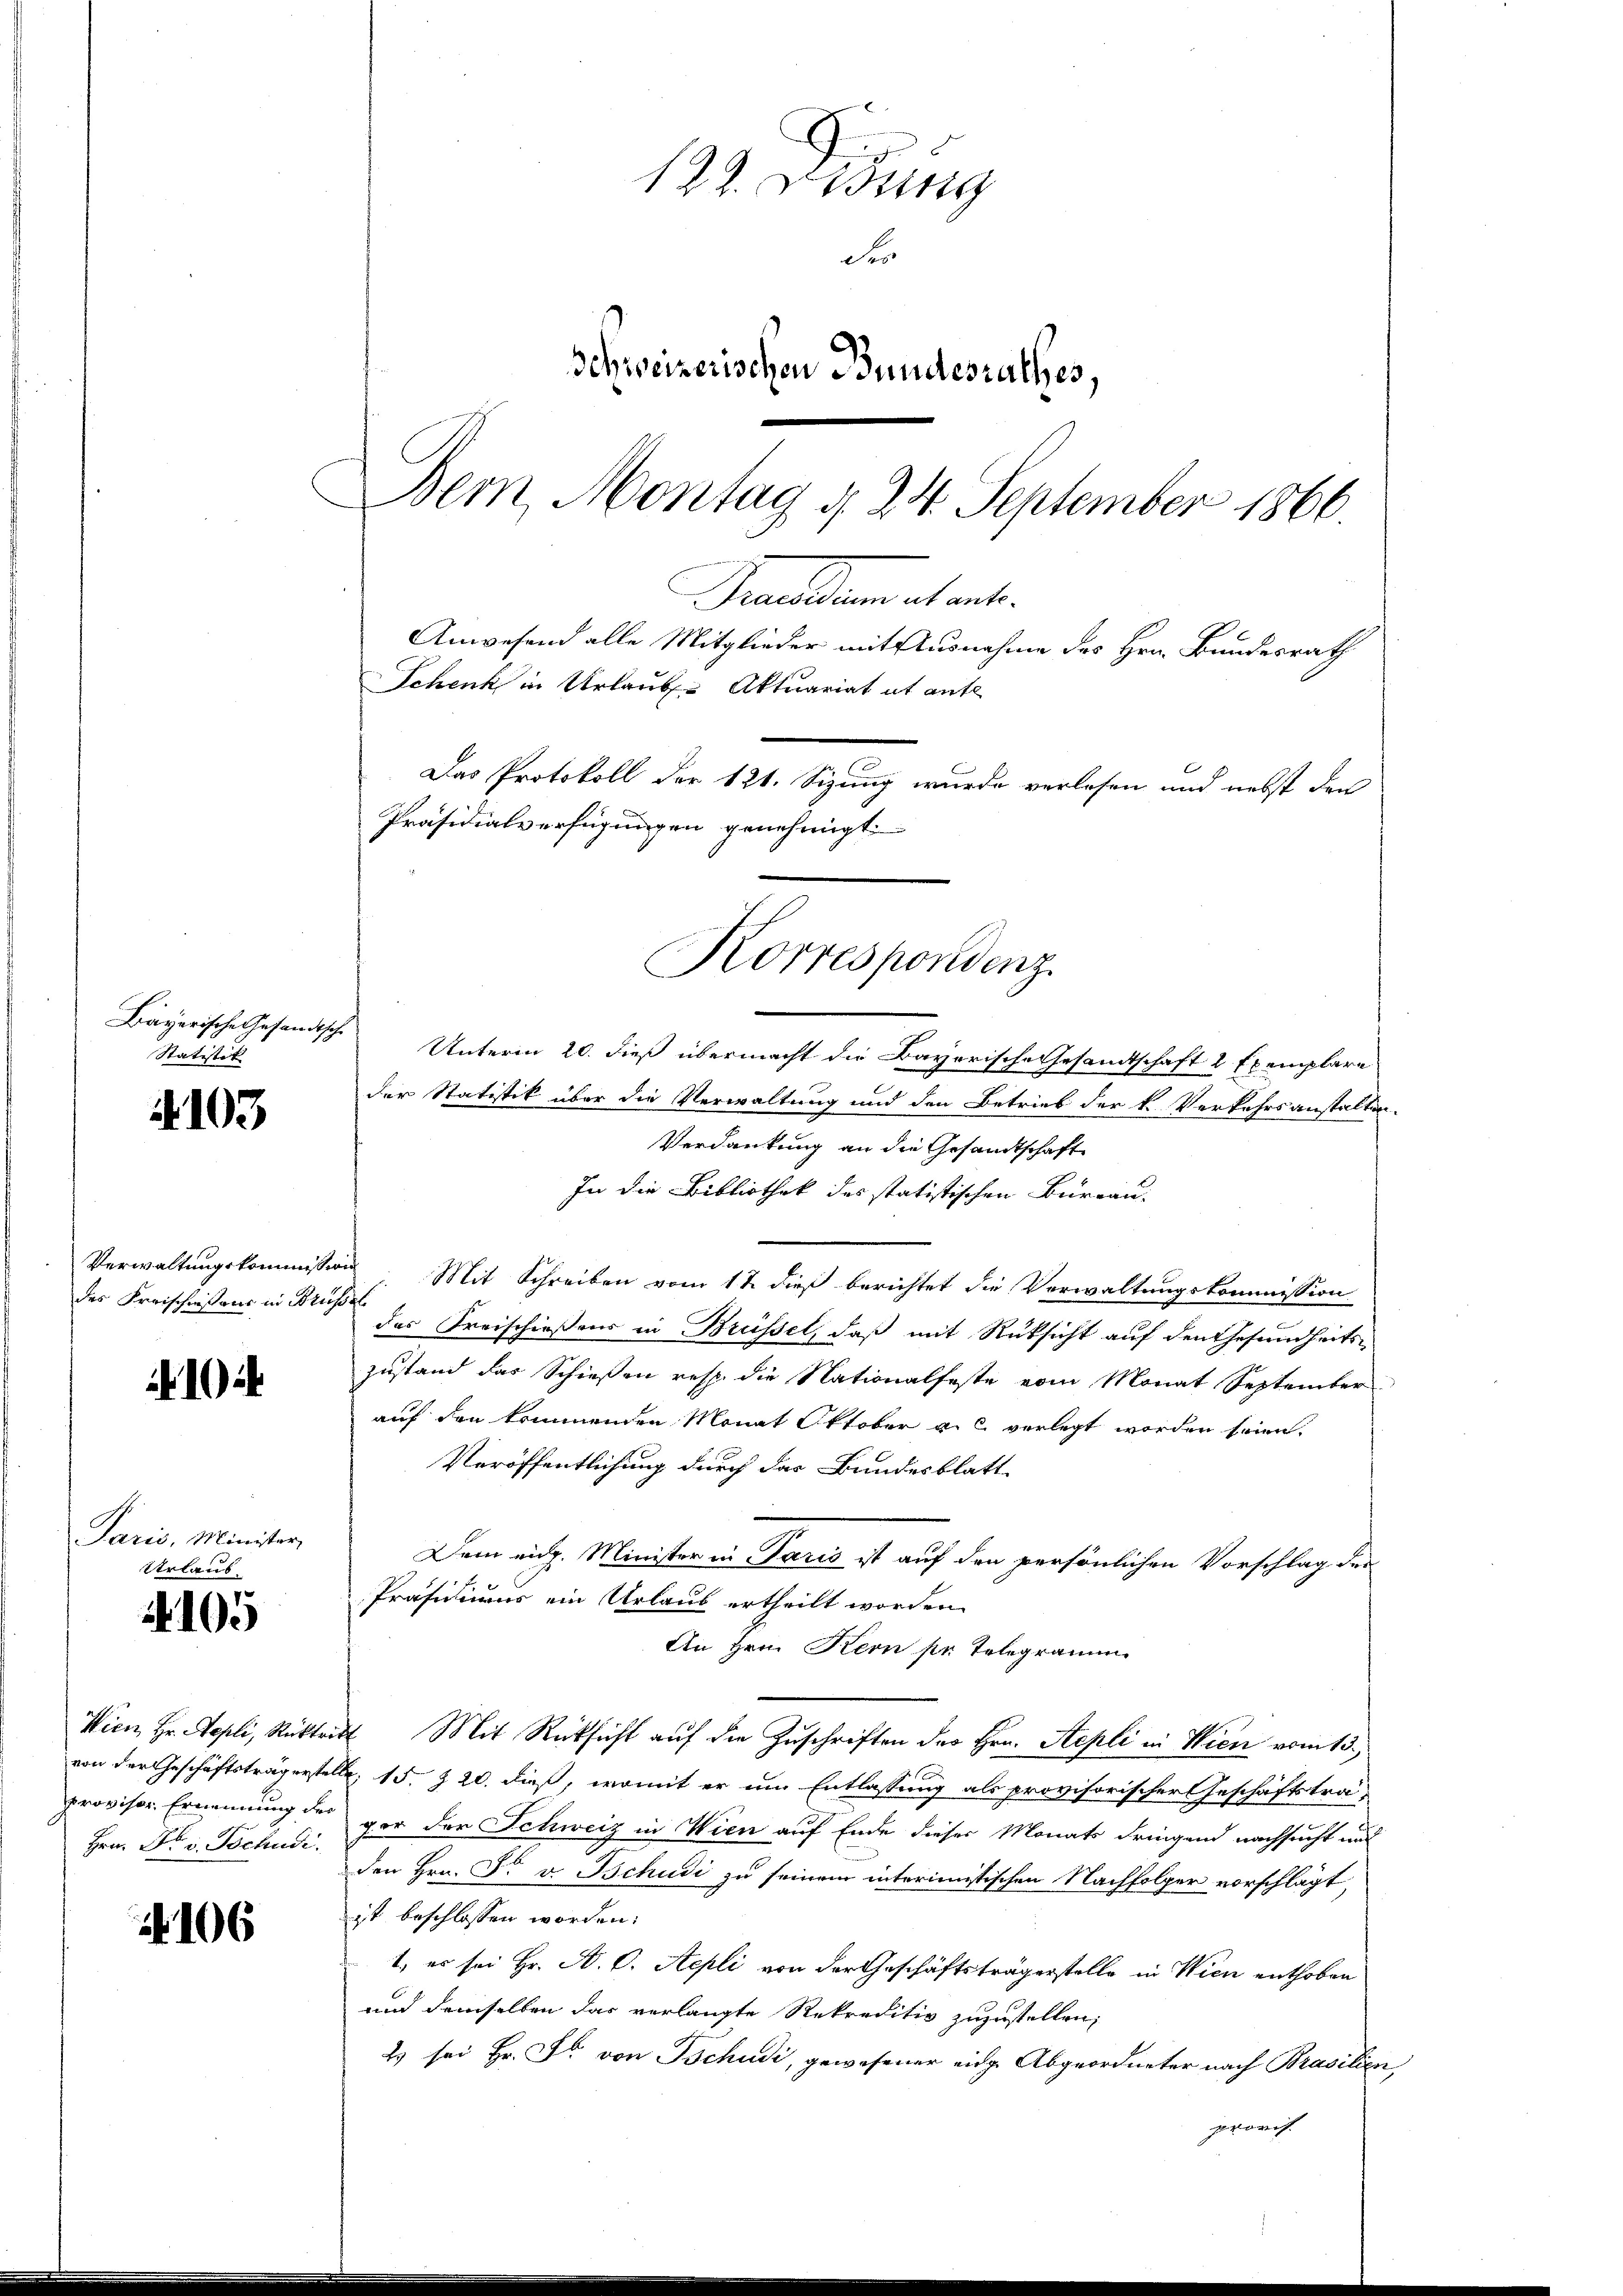
4103

des Freischweisens in Brüssel

104

Paris, Minister,
Urlaub

.105

Wien, Hr. Repli, Rücktr
von der Geschäftsträgerst
Provisor Ernennung der
Hrn. Dr. v. Tschudi

4106

Bayerische Gesandtsche
Statistet

Grunden et art.
Unterm 20. dieß übermacht die Bayerische Gesamtschaft 2 Exemplare
der Statistik über die Verwaltung und den Betrieb der k. Verkehrsanstalten¬
Verdankung an die Gesandtschaft
In die Bibliothek des statistischen Bureau-
Verwaltungskommission Mit Schreiben vom 12. dieß berichtet die Verwaltungskommission
des Freischießens in Brüssel, daß mit Rüksicht auf den Gesundheitszustand das Schießen resp. die Nationalfeste vom Monat September
auf den kommenden Monat Oktober a. c. verlegt worden seien.
Veröffentlichung durch das Bundesblatt
Dem eidg. Minister in Paris ist auf den persönlichen Vorschlag der
Präsidiums ein Urlaus ertheilt worden.
An Hrn. Kern pr. Telegramm
at. Mit Rücksicht auf die Zuschriften des Hrn. Stepli in Wien vom 15.
Nr. 15. 20. dieß, womit er um Entlassung als provisorischer Geschäftsträpor der Schweiz in Wien auf Ende dieser Monats dringend nachsucht und
den Hrn. F. v. Tschudi zu seinem interimistischen Nachfolger vorschlägt,
ist beschlossen worden:
1., es sei Hr. A. C. Sepli von der Geschäftsträgerstelle in Wien enthoben
und demselben das verlangte Rekreditiv zuzustellen;
2 sei Hr. Fr. von Tschudi, gewesener eidg. Abgeordneter nach Brasilien
provis.

122. Disung
Fr
Schweizerischen Bundesrathes,
Dem Montag d. 24. September 1866.

Anwesend alle Mitglieder mit Ausnahme des Hrn. Bundesrath
Schenk in Urlaub. Aktuariat it ante
Das Protokoll der 121. Sizung wurde verlesen und nebst den

Präsidialverfügungen genehmigt.
Korrespondenz